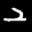
Label: 2